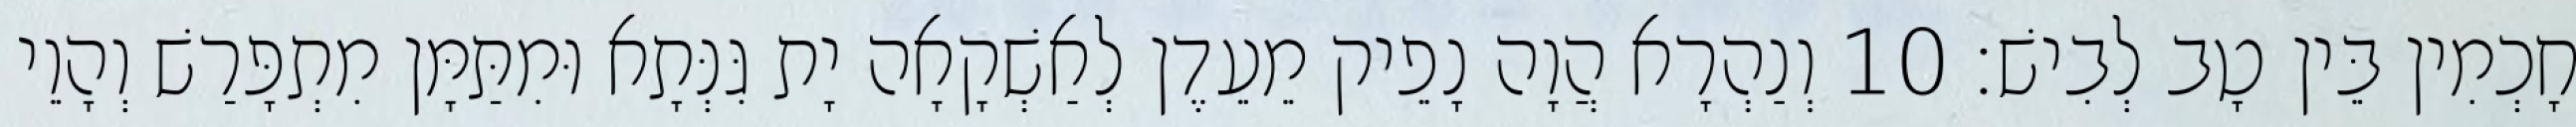
חָכְמִין בֵּין טָב לְבִישׁ׃ 10 וְנַהְרָא הֲוָה נָפֵיק מֵעֵדֶן לְאַשְׁקָאָה יָת גִּנְּתָא וּמִתַּמָּן מִתְפָּרַשׁ וְהָוֵי